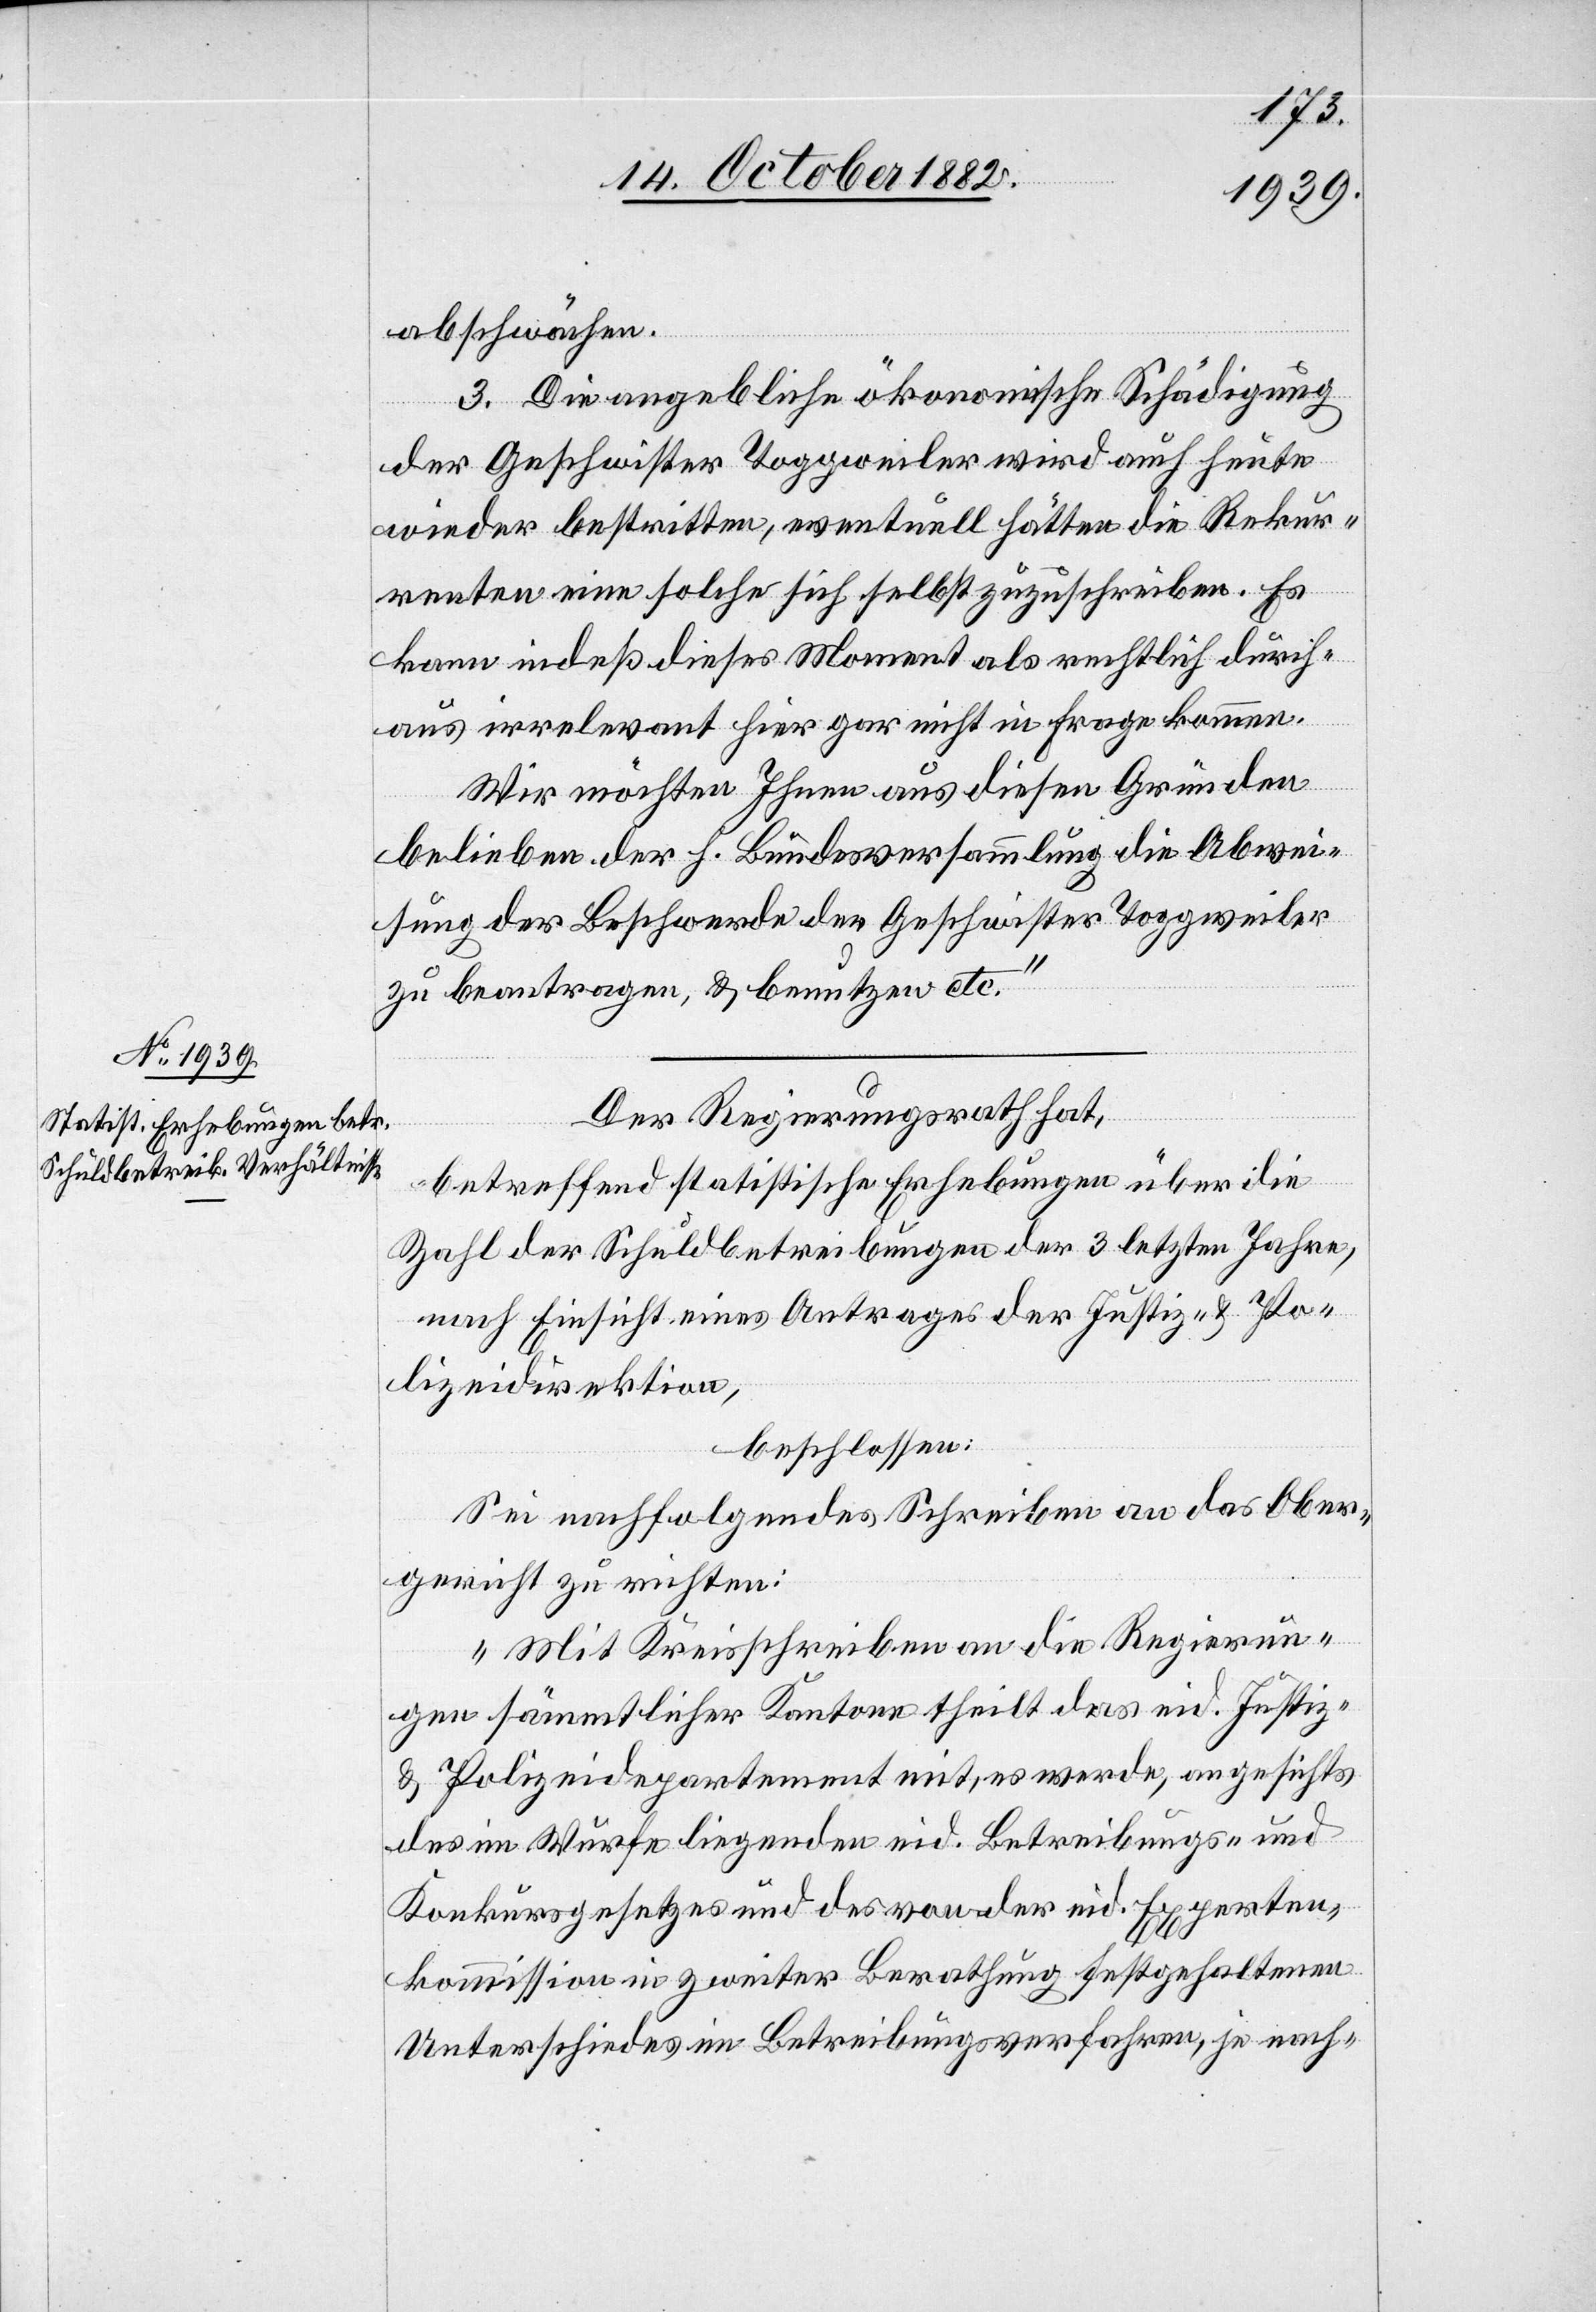
abschwächen.
3. Die angebliche ökonomische Schädigung
der Geschwister Toggweiler wird auch heute
wieder bestritten, eventuell hätten die Rekur¬
renten eine solche sich selbst zuzuschreiben. Es
kann indeß dieses Moment als rechtlich durch¬
aus irrelevant hier gar nicht in Frage kommen.
Wir möchten Ihnen aus diesen Gründen
belieben der h. Bundesversammlung die Abwei¬
sung der Beschwerde der Geschwister Toggweiler
zu beantragen, & benutzen etc.“
Der Regierungsrath hat,
betreffend statistische Erhebungen über die
Zahl der Schuldbetreibungen der 3 letzten Jahre,
nach Einsicht eines Antrages der Justiz- & Po¬
lizeidirektion,
beschlossen:
Sei nachfolgendes Schreiben an das Ober¬
gericht zu richten:
„Mit Kreisschreiben an die Regierun¬
gen sämmtlicher Kantone theilt das eid. Justiz-
& Polizeidepartement mit, es werde, angesichts
des im Wurfe liegenden eid. Betreibungs- und
Konkursgesetzes und des von der eid. Experten¬
kommission in zweiter Berathung festgehaltenen
Unterschiedes im Betreibungsverfahren, je nach-